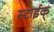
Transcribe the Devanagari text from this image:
स्टाईक्